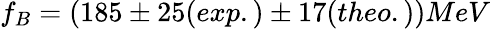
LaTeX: f_{B}=(185\pm 25(exp.)\pm 17(theo.))MeV